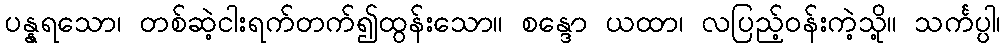
ပန္နရသော၊ တစ်ဆဲ့ငါးရက်တက်၍ထွန်းသော။ စန္ဒော ယထာ၊ လပြည့်ဝန်းကဲ့သို့။ သင်္ကပ္ပါ၊